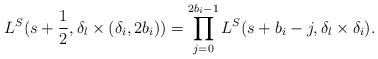
LaTeX: \begin{align*}L^S(s+\frac{1}{2},\delta_l\times(\delta_i,2b_i))=\prod_{j=0}^{2b_i-1}L^S(s+b_i-j,\delta_l\times\delta_i).\end{align*}